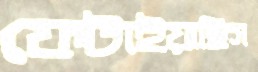
ফেটাইয়াছিস